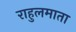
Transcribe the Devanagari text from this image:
राहुलमाता